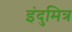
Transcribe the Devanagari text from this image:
इंदुमित्र